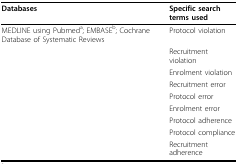
<table><thead><tr><td><b>Databases</b></td><td><b>Specific search terms used</b></td></tr></thead><tbody><tr><td>MEDLINE using Pubmed<sup>a</sup>; EMBASE<sup>b</sup>; Cochrane Database of Systematic Reviews</td><td>Protocol violation</td></tr><tr><td></td><td>Recruitment violation</td></tr><tr><td></td><td>Enrolment violation</td></tr><tr><td></td><td>Recruitment error</td></tr><tr><td></td><td>Protocol error</td></tr><tr><td></td><td>Enrolment error</td></tr><tr><td></td><td>Protocol adherence</td></tr><tr><td></td><td>Protocol compliance</td></tr><tr><td></td><td>Recruitment adherence</td></tr></tbody></table>